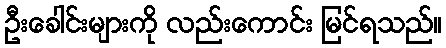
ဦးခေါင်းများကို လည်းကောင်း မြင်ရသည်။